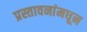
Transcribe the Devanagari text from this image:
प्रस्तावनांमधून